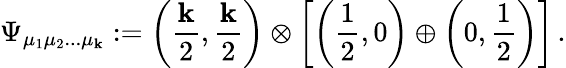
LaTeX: \Psi_{\mu_{1}\mu_{2}...\mu_{\mathbf{k}}}:=\left({\frac{{\mathbf{k}}}{{2}}},{\frac{{\mathbf{k}}}{{2}}}\right)\otimes\left[\left({\frac{{1}}{{2}}},0\right)\oplus\left(0,{\frac{{1}}{{2}}}\right)\right]\, .